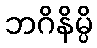
ဘဂိနိမ္ပိ